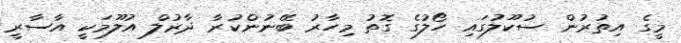
މީގެ އިތުރުން ސުކޫލުގައި ހޯލުގެ ގޮތު މިހާރު ބޭނުންކުރާ ދާރުލް އުލޫމަކީ އާސާރީ